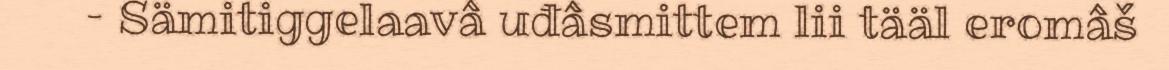
– Sämitiggelaavâ uđâsmittem lii tääl eromâš